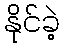
နိုင်ခဲ့